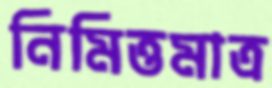
নিমিত্তমাত্র